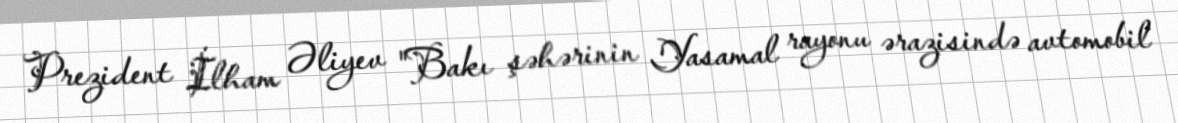
Prezident İlham Əliyev "Bakı şəhərinin Yasamal rayonu ərazisində avtomobil